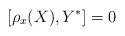
LaTeX: \begin{align*} [\rho_x(X), Y^*] = 0 \end{align*}